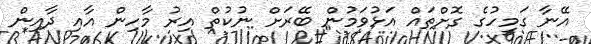
އޭނާ ގަމީހުގެ ގޮށްތައް އަޅުވަމުން ބޭރަށް ނުކުތް އިރު މާހިން އާއި ދާއިން